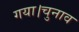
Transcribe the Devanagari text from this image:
गया।चुनाव